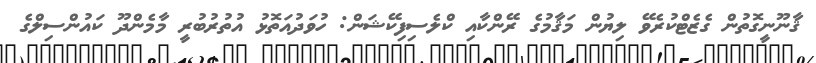
ޤާނޫނީގޮތުން ގެޒެޓްކުރެވޭ ލިޔުން މަޤާމުގެ ރޭންކާއި ކްލެސިފިކޭޝަން: ހުވަދުއަތޮޅު އުތުރުބުރީ މާމެންދޫ ކައުންސިލްގެ